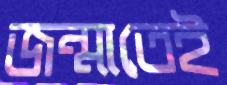
জন্মাতেই